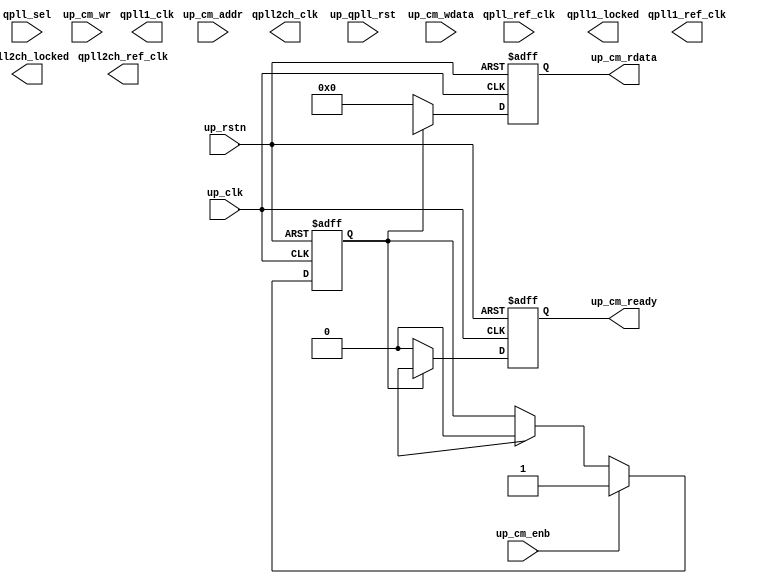
// ***************************************************************************
// ***************************************************************************
// Copyright 2014 - 2017 (c) Analog Devices, Inc. All rights reserved.
//
// In this HDL repository, there are many different and unique modules, consisting
// of various HDL (Verilog or VHDL) components. The individual modules are
// developed independently, and may be accompanied by separate and unique license
// terms.
//
// The user should read each of these license terms, and understand the
// freedoms and responsibilities that he or she has by using this source/core.
//
// This core is distributed in the hope that it will be useful, but WITHOUT ANY
// WARRANTY; without even the implied warranty of MERCHANTABILITY or FITNESS FOR
// A PARTICULAR PURPOSE.
//
// Redistribution and use of source or resulting binaries, with or without modification
// of this file, are permitted under one of the following two license terms:
//
//   1. The GNU General Public License version 2 as published by the
//      Free Software Foundation, which can be found in the top level directory
//      of this repository (LICENSE_GPL2), and also online at:
//      <https://www.gnu.org/licenses/old-licenses/gpl-2.0.html>
//
// OR
//
//   2. An ADI specific BSD license, which can be found in the top level directory
//      of this repository (LICENSE_ADIBSD), and also on-line at:
//      https://github.com/analogdevicesinc/hdl/blob/master/LICENSE_ADIBSD
//      This will allow to generate bit files and not release the source code,
//      as long as it attaches to an ADI device.
//
// ***************************************************************************
// ***************************************************************************

`timescale 1ns/1ps

module util_adxcvr_xcm #(

  // parameters

  parameter   integer XCVR_TYPE = 0,
  parameter   integer QPLL_REFCLK_DIV = 1,
  parameter   integer QPLL_FBDIV_RATIO = 1,
  parameter   [15:0]  POR_CFG = 16'b0000000000000110,
  parameter   [15:0]  PPF0_CFG = 16'b0000011000000000,
  parameter   [26:0]  QPLL_CFG = 27'h0680181,
  parameter   [ 9:0]  QPLL_FBDIV =  10'b0000110000,
  parameter   [15:0]  QPLL_CFG0 = 16'b0011001100011100,
  parameter   [15:0]  QPLL_CFG1 = 16'b1101000000111000,
  parameter   [15:0]  QPLL_CFG1_G3 = 16'b1101000000111000,
  parameter   [15:0]  QPLL_CFG2 = 16'b0000111111000000,
  parameter   [15:0]  QPLL_CFG2_G3 = 16'b0000111111000000,
  parameter   [15:0]  QPLL_CFG3 = 16'b0000000100100000,
  parameter   [15:0]  QPLL_CFG4 = 16'b0000000000000011,
  parameter   [15:0]  QPLL_CP_G3 = 10'b0000011111,
  parameter   [15:0]  QPLL_LPF = 10'b0100110111,
  parameter   [15:0]  QPLL_CP = 10'b0001111111

) (

  // reset and clocks

  input           qpll_ref_clk,
  input           qpll_sel,
  output          qpll2ch_clk,
  output          qpll2ch_ref_clk,
  output          qpll2ch_locked,

  output          qpll1_clk,
  output          qpll1_ref_clk,
  output          qpll1_locked,

  // drp interface

  input           up_rstn,
  input           up_clk,
  input           up_qpll_rst,
  input           up_cm_enb,
  input   [11:0]  up_cm_addr,
  input           up_cm_wr,
  input   [15:0]  up_cm_wdata,
  output  [15:0]  up_cm_rdata,
  output          up_cm_ready);

  localparam GTXE2_TRANSCEIVERS = 2;
  localparam GTHE3_TRANSCEIVERS = 5;
  localparam GTHE4_TRANSCEIVERS = 8;
  localparam GTYE4_TRANSCEIVERS = 9;

  // internal registers

  reg             up_enb_int = 'd0;
  reg     [11:0]  up_addr_int = 'd0;
  reg             up_wr_int = 'd0;
  reg     [15:0]  up_wdata_int = 'd0;
  reg     [15:0]  up_rdata_int = 'd0;
  reg             up_ready_int = 'd0;
  reg             up_sel_int = 'd0;

  // internal signals

  wire    [15:0]  up_rdata_s;
  wire            up_ready_s;

  // drp access

  assign up_cm_rdata = up_rdata_int;
  assign up_cm_ready = up_ready_int;

  always @(negedge up_rstn or posedge up_clk) begin
    if (up_rstn == 1'b0) begin
      up_enb_int <= 1'd0;
      up_addr_int <= 12'd0;
      up_wr_int <= 1'd0;
      up_wdata_int <= 16'd0;
      up_rdata_int <= 16'd0;
      up_ready_int <= 1'd0;
      up_sel_int <= 1'b0;
    end else begin
      if (up_cm_enb == 1'b1) begin
        up_enb_int <= up_cm_enb;
        up_addr_int <= up_cm_addr;
        up_wr_int <= up_cm_wr;
        up_wdata_int <= up_cm_wdata;
      end else begin
        up_enb_int <= 1'd0;
        up_addr_int <= 12'd0;
        up_wr_int <= 1'd0;
        up_wdata_int <= 16'd0;
      end

      if (up_cm_enb == 1'b1) begin
        up_sel_int <= 1'b1;
      end else if (up_ready_s == 1'b1) begin
        up_sel_int <= 1'b0;
      end

      if (up_sel_int == 1'b1) begin
        up_ready_int <= up_ready_s;
        up_rdata_int <= up_rdata_s;
      end else begin
        up_ready_int <= 1'b0;
        up_rdata_int <= 'h00;
      end
    end
  end

  // instantiations

  generate
  if (XCVR_TYPE == GTXE2_TRANSCEIVERS) begin
  assign qpll1_locked = 1'b0;
  assign qpll1_clk = 1'b0;
  assign qpll1_ref_clk = 1'b0;
  GTXE2_COMMON #(
    .BIAS_CFG (64'h0000040000001000),
    .COMMON_CFG (32'h00000000),
    .IS_DRPCLK_INVERTED (1'b0),
    .IS_GTGREFCLK_INVERTED (1'b0),
    .IS_QPLLLOCKDETCLK_INVERTED (1'b0),
    .QPLL_CFG (QPLL_CFG),
    .QPLL_CLKOUT_CFG (4'b0000),
    .QPLL_COARSE_FREQ_OVRD (6'b010000),
    .QPLL_COARSE_FREQ_OVRD_EN (1'b0),
    .QPLL_CP (10'b0000011111),
    .QPLL_CP_MONITOR_EN (1'b0),
    .QPLL_DMONITOR_SEL (1'b0),
    .QPLL_FBDIV (QPLL_FBDIV),
    .QPLL_FBDIV_MONITOR_EN (1'b0),
    .QPLL_FBDIV_RATIO (QPLL_FBDIV_RATIO),
    .QPLL_INIT_CFG (24'h000006),
    .QPLL_LOCK_CFG (16'h21E8),
    .QPLL_LPF (4'b1111),
    .QPLL_REFCLK_DIV (QPLL_REFCLK_DIV),
    .SIM_QPLLREFCLK_SEL (3'b001),
    .SIM_RESET_SPEEDUP ("TRUE"),
    .SIM_VERSION ("4.0"))
  i_gtxe2_common (
    .QPLLDMONITOR (),
    .QPLLFBCLKLOST (),
    .REFCLKOUTMONITOR (),
    .BGBYPASSB (1'h1),
    .BGMONITORENB (1'h1),
    .BGPDB (1'h1),
    .BGRCALOVRD (5'h1f),
    .DRPADDR (up_addr_int[7:0]),
    .DRPCLK (up_clk),
    .DRPDI (up_wdata_int),
    .DRPDO (up_rdata_s),
    .DRPEN (up_enb_int),
    .DRPRDY (up_ready_s),
    .DRPWE (up_wr_int),
    .GTGREFCLK (1'h0),
    .GTNORTHREFCLK0 (1'h0),
    .GTNORTHREFCLK1 (1'h0),
    .GTREFCLK0 (qpll_ref_clk),
    .GTREFCLK1 (1'h0),
    .GTSOUTHREFCLK0 (1'h0),
    .GTSOUTHREFCLK1 (1'h0),
    .PMARSVD (8'h0),
    .QPLLLOCK (qpll2ch_locked),
    .QPLLLOCKDETCLK (up_clk),
    .QPLLLOCKEN (1'h1),
    .QPLLOUTCLK (qpll2ch_clk),
    .QPLLOUTREFCLK (qpll2ch_ref_clk),
    .QPLLOUTRESET (1'h0),
    .QPLLPD (1'h0),
    .QPLLREFCLKLOST (),
    .QPLLREFCLKSEL (3'h1),
    .QPLLRESET (up_qpll_rst),
    .QPLLRSVD1 (16'h0),
    .QPLLRSVD2 (5'h1f),
    .RCALENB (1'h1));
  end
  endgenerate

  generate
  if (XCVR_TYPE == GTHE3_TRANSCEIVERS) begin
  GTHE3_COMMON #(
    .BIAS_CFG0 (16'h0000),
    .BIAS_CFG1 (16'h0000),
    .BIAS_CFG2 (16'h0000),
    .BIAS_CFG3 (16'h0040),
    .BIAS_CFG4 (16'h0000),
    .BIAS_CFG_RSVD (10'b0000000000),
    .COMMON_CFG0 (16'h0000),
    .COMMON_CFG1 (16'h0000),
    .POR_CFG (16'h0004),
    .QPLL0_CFG0 (16'h321c),
    .QPLL0_CFG1 (16'h1018),
    .QPLL0_CFG1_G3 (16'h1018),
    .QPLL0_CFG2 (16'h0048),
    .QPLL0_CFG2_G3 (16'h0048),
    .QPLL0_CFG3 (16'h0120),
    .QPLL0_CFG4 (16'h0000),
    .QPLL0_CP (10'b0000011111),
    .QPLL0_CP_G3 (10'b1111111111),
    .QPLL0_FBDIV (QPLL_FBDIV),
    .QPLL0_FBDIV_G3 (80),
    .QPLL0_INIT_CFG0 (16'h02b2),
    .QPLL0_INIT_CFG1 (8'h00),
    .QPLL0_LOCK_CFG (16'h21e8),
    .QPLL0_LOCK_CFG_G3 (16'h21e8),
    .QPLL0_LPF (10'b1111111111),
    .QPLL0_LPF_G3 (10'b0000010101),
    .QPLL0_REFCLK_DIV (QPLL_REFCLK_DIV),
    .QPLL0_SDM_CFG0 (16'b0000000000000000),
    .QPLL0_SDM_CFG1 (16'b0000000000000000),
    .QPLL0_SDM_CFG2 (16'b0000000000000000),
    .QPLL1_CFG0 (16'h321c),
    .QPLL1_CFG1 (16'h1018),
    .QPLL1_CFG1_G3 (16'h1018),
    .QPLL1_CFG2 (16'h0040),
    .QPLL1_CFG2_G3 (16'h0040),
    .QPLL1_CFG3 (16'h0120),
    .QPLL1_CFG4 (16'h0000),
    .QPLL1_CP (10'b0000011111),
    .QPLL1_CP_G3 (10'b1111111111),
    .QPLL1_FBDIV (QPLL_FBDIV),
    .QPLL1_FBDIV_G3 (80),
    .QPLL1_INIT_CFG0 (16'h02b2),
    .QPLL1_INIT_CFG1 (8'h00),
    .QPLL1_LOCK_CFG (16'h21e8),
    .QPLL1_LOCK_CFG_G3 (16'h21e8),
    .QPLL1_LPF (10'b1111111111),
    .QPLL1_LPF_G3 (10'b0000010101),
    .QPLL1_REFCLK_DIV (QPLL_REFCLK_DIV),
    .QPLL1_SDM_CFG0 (16'b0000000000000000),
    .QPLL1_SDM_CFG1 (16'b0000000000000000),
    .QPLL1_SDM_CFG2 (16'b0000000000000000),
    .RSVD_ATTR0 (16'h0000),
    .RSVD_ATTR1 (16'h0000),
    .RSVD_ATTR2 (16'h0000),
    .RSVD_ATTR3 (16'h0000),
    .RXRECCLKOUT0_SEL (2'b00),
    .RXRECCLKOUT1_SEL (2'b00),
    .SARC_EN (1'b1),
    .SARC_SEL (1'b0),
    .SDM0DATA1_0 (16'b0000000000000000),
    .SDM0DATA1_1 (9'b000000000),
    .SDM0INITSEED0_0 (16'b0000000000000000),
    .SDM0INITSEED0_1 (9'b000000000),
    .SDM0_DATA_PIN_SEL (1'b0),
    .SDM0_WIDTH_PIN_SEL (1'b0),
    .SDM1DATA1_0 (16'b0000000000000000),
    .SDM1DATA1_1 (9'b000000000),
    .SDM1INITSEED0_0 (16'b0000000000000000),
    .SDM1INITSEED0_1 (9'b000000000),
    .SDM1_DATA_PIN_SEL (1'b0),
    .SDM1_WIDTH_PIN_SEL (1'b0),
    .SIM_MODE ("FAST"),
    .SIM_RESET_SPEEDUP ("TRUE"),
    .SIM_VERSION (2))
  i_gthe3_common (
    .BGBYPASSB (1'h1),
    .BGMONITORENB (1'h1),
    .BGPDB (1'h1),
    .BGRCALOVRD (5'h1f),
    .BGRCALOVRDENB (1'h1),
    .DRPADDR (up_addr_int[8:0]),
    .DRPCLK (up_clk),
    .DRPDI (up_wdata_int),
    .DRPDO (up_rdata_s),
    .DRPEN (up_enb_int),
    .DRPRDY (up_ready_s),
    .DRPWE (up_wr_int),
    .GTGREFCLK0 (1'h0),
    .GTGREFCLK1 (1'h0),
    .GTNORTHREFCLK00 (1'h0),
    .GTNORTHREFCLK01 (1'h0),
    .GTNORTHREFCLK10 (1'h0),
    .GTNORTHREFCLK11 (1'h0),
    .GTREFCLK00 (qpll_ref_clk),
    .GTREFCLK01 (1'h0),
    .GTREFCLK10 (1'h0),
    .GTREFCLK11 (1'h0),
    .GTSOUTHREFCLK00 (1'h0),
    .GTSOUTHREFCLK01 (1'h0),
    .GTSOUTHREFCLK10 (1'h0),
    .GTSOUTHREFCLK11 (1'h0),
    .PMARSVD0 (8'h0),
    .PMARSVD1 (8'h0),
    .PMARSVDOUT0 (),
    .PMARSVDOUT1 (),
    .QPLL0CLKRSVD0 (1'h0),
    .QPLL0CLKRSVD1 (1'h0),
    .QPLL0FBCLKLOST (),
    .QPLL0LOCK (qpll2ch_locked),
    .QPLL0LOCKDETCLK (up_clk),
    .QPLL0LOCKEN (1'h1),
    .QPLL0OUTCLK (qpll2ch_clk),
    .QPLL0OUTREFCLK (qpll2ch_ref_clk),
    .QPLL0PD (1'h0),
    .QPLL0REFCLKLOST (),
    .QPLL0REFCLKSEL (3'h1),
    .QPLL0RESET (up_qpll_rst),
    .QPLL1CLKRSVD0 (1'h0),
    .QPLL1CLKRSVD1 (1'h0),
    .QPLL1FBCLKLOST (),
    .QPLL1LOCK (qpll1_locked),
    .QPLL1LOCKDETCLK (up_clk),
    .QPLL1LOCKEN (1'h1),
    .QPLL1OUTCLK (qpll1_clk),
    .QPLL1OUTREFCLK (qpll1_ref_clk),
    .QPLL1PD (~qpll_sel),
    .QPLL1REFCLKLOST (),
    .QPLL1REFCLKSEL (3'h1),
    .QPLL1RESET (up_qpll_rst),
    .QPLLDMONITOR0 (),
    .QPLLDMONITOR1 (),
    .QPLLRSVD1 (8'h0),
    .QPLLRSVD2 (5'h0),
    .QPLLRSVD3 (5'h0),
    .QPLLRSVD4 (8'h0),
    .RCALENB (1'h1),
    .REFCLKOUTMONITOR0 (),
    .REFCLKOUTMONITOR1 (),
    .RXRECCLK0_SEL (),
    .RXRECCLK1_SEL ());
  end
  endgenerate

  generate
  if (XCVR_TYPE == GTHE4_TRANSCEIVERS) begin
  GTHE4_COMMON #(
    .AEN_QPLL0_FBDIV (1'b1),
    .AEN_QPLL1_FBDIV (1'b1),
    .AEN_SDM0TOGGLE (1'b0),
    .AEN_SDM1TOGGLE (1'b0),
    .A_SDM0TOGGLE (1'b0),
    .A_SDM1DATA_HIGH (9'b000000000),
    .A_SDM1DATA_LOW (16'b0000000000000000),
    .A_SDM1TOGGLE (1'b0),
    .BIAS_CFG0 (16'b0000000000000000),
    .BIAS_CFG1 (16'b0000000000000000),
    .BIAS_CFG2 (16'b0000000100100100),
    .BIAS_CFG3 (16'b0000000001000001),
    .BIAS_CFG4 (16'b0000000000010000),
    .BIAS_CFG_RSVD (16'b0000000000000000),
    .COMMON_CFG0 (16'b0000000000000000),
    .COMMON_CFG1 (16'b0000000000000000),
    .POR_CFG (POR_CFG),
    .PPF0_CFG (PPF0_CFG),
    .PPF1_CFG (16'b0000011000000000),
    .QPLL0CLKOUT_RATE ("HALF"),
    .QPLL0_CFG0 (QPLL_CFG0),
    .QPLL0_CFG1 (QPLL_CFG1),
    .QPLL0_CFG1_G3 (QPLL_CFG1_G3),
    .QPLL0_CFG2 (QPLL_CFG2),
    .QPLL0_CFG2_G3 (QPLL_CFG2_G3),
    .QPLL0_CFG3 (QPLL_CFG3),
    .QPLL0_CFG4 (QPLL_CFG4),
    .QPLL0_CP (QPLL_CP),
    .QPLL0_CP_G3 (QPLL_CP_G3),
    .QPLL0_FBDIV (QPLL_FBDIV),
    .QPLL0_FBDIV_G3 (160),
    .QPLL0_INIT_CFG0 (16'b0000001010110010),
    .QPLL0_INIT_CFG1 (8'b00000000),
    .QPLL0_LOCK_CFG (16'b0010010111101000),
    .QPLL0_LOCK_CFG_G3 (16'b0010010111101000),
    .QPLL0_LPF (QPLL_LPF),
    .QPLL0_LPF_G3 (10'b0111010101),
    .QPLL0_PCI_EN (1'b0),
    .QPLL0_RATE_SW_USE_DRP (1'b1),
    .QPLL0_REFCLK_DIV (QPLL_REFCLK_DIV),
    .QPLL0_SDM_CFG0 (16'b0000000010000000),
    .QPLL0_SDM_CFG1 (16'b0000000000000000),
    .QPLL0_SDM_CFG2 (16'b0000000000000000),
    .QPLL1CLKOUT_RATE ("HALF"),
    .QPLL1_CFG0 (QPLL_CFG0),
    .QPLL1_CFG1 (QPLL_CFG1),
    .QPLL1_CFG1_G3 (QPLL_CFG1_G3),
    .QPLL1_CFG2 (QPLL_CFG2),
    .QPLL1_CFG2_G3 (QPLL_CFG2_G3),
    .QPLL1_CFG3 (QPLL_CFG3),
    .QPLL1_CFG4 (QPLL_CFG4),
    .QPLL1_CP (10'b1111111111),
    .QPLL1_CP_G3 (10'b0011111111),
    .QPLL1_FBDIV (QPLL_FBDIV),
    .QPLL1_FBDIV_G3 (80),
    .QPLL1_INIT_CFG0 (16'b0000001010110010),
    .QPLL1_INIT_CFG1 (8'b00000000),
    .QPLL1_LOCK_CFG (16'b0010010111101000),
    .QPLL1_LOCK_CFG_G3 (16'b0010010111101000),
    .QPLL1_LPF (10'b0100110101),
    .QPLL1_LPF_G3 (10'b0111010100),
    .QPLL1_PCI_EN (1'b0),
    .QPLL1_RATE_SW_USE_DRP (1'b1),
    .QPLL1_REFCLK_DIV (QPLL_REFCLK_DIV),
    .QPLL1_SDM_CFG0 (16'b0000000010000000),
    .QPLL1_SDM_CFG1 (16'b0000000000000000),
    .QPLL1_SDM_CFG2 (16'b0000000000000000),
    .RSVD_ATTR0 (16'b0000000000000000),
    .RSVD_ATTR1 (16'b0000000000000000),
    .RSVD_ATTR2 (16'b0000000000000000),
    .RSVD_ATTR3 (16'b0000000000000000),
    .RXRECCLKOUT0_SEL (2'b00),
    .RXRECCLKOUT1_SEL (2'b00),
    .SARC_ENB (1'b0),
    .SARC_SEL (1'b0),
    .SDM0INITSEED0_0 (16'b0000000100010001),
    .SDM0INITSEED0_1 (9'b000010001),
    .SDM1INITSEED0_0 (16'b0000000100010001),
    .SDM1INITSEED0_1 (9'b000010001),
    .SIM_MODE ("FAST"),
    .SIM_RESET_SPEEDUP ("TRUE"))
  i_gthe4_common (
    .BGBYPASSB (1'd1),
    .BGMONITORENB (1'd1),
    .BGPDB (1'd1),
    .BGRCALOVRD (5'b11111),
    .BGRCALOVRDENB (1'd1),
    .DRPADDR ({4'd0, up_addr_int}),
    .DRPCLK (up_clk),
    .DRPDI (up_wdata_int),
    .DRPDO (up_rdata_s),
    .DRPEN (up_enb_int),
    .DRPRDY (up_ready_s),
    .DRPWE (up_wr_int),
    .GTGREFCLK0 (1'd0),
    .GTGREFCLK1 (1'd0),
    .GTNORTHREFCLK00 (1'd0),
    .GTNORTHREFCLK01 (1'd0),
    .GTNORTHREFCLK10 (1'd0),
    .GTNORTHREFCLK11 (1'd0),
    .GTREFCLK00 (qpll_ref_clk),
    .GTREFCLK01 (qpll_ref_clk),
    .GTREFCLK10 (1'd0),
    .GTREFCLK11 (1'd0),
    .GTSOUTHREFCLK00 (1'd0),
    .GTSOUTHREFCLK01 (1'd0),
    .GTSOUTHREFCLK10 (1'd0),
    .GTSOUTHREFCLK11 (1'd0),
    .PCIERATEQPLL0 (3'd0),
    .PCIERATEQPLL1 (3'd0),
    .PMARSVD0 (8'd0),
    .PMARSVD1 (8'd0),
    .PMARSVDOUT0 (),
    .PMARSVDOUT1 (),
    .QPLL0CLKRSVD0 (1'd0),
    .QPLL0CLKRSVD1 (1'd0),
    .QPLL0FBCLKLOST (),
    .QPLL0FBDIV (8'd0),
    .QPLL0LOCK (qpll2ch_locked),
    .QPLL0LOCKDETCLK (up_clk),
    .QPLL0LOCKEN (1'd1),
    .QPLL0OUTCLK (qpll2ch_clk),
    .QPLL0OUTREFCLK (qpll2ch_ref_clk),
    .QPLL0PD (qpll_sel),
    .QPLL0REFCLKLOST (),
    .QPLL0REFCLKSEL (3'b001),
    .QPLL0RESET (up_qpll_rst),
    .QPLL1CLKRSVD0 (1'd0),
    .QPLL1CLKRSVD1 (1'd0),
    .QPLL1FBCLKLOST (),
    .QPLL1FBDIV (8'd0),
    .QPLL1LOCK (qpll1_locked),
    .QPLL1LOCKDETCLK (up_clk),
    .QPLL1LOCKEN (1'd1),
    .QPLL1OUTCLK (qpll1_clk),
    .QPLL1OUTREFCLK (qpll1_ref_clk),
    .QPLL1PD (~qpll_sel),
    .QPLL1REFCLKLOST (),
    .QPLL1REFCLKSEL (3'b001),
    .QPLL1RESET (up_qpll_rst),
    .QPLLDMONITOR0 (),
    .QPLLDMONITOR1 (),
    .QPLLRSVD1 (8'd0),
    .QPLLRSVD2 (5'd0),
    .QPLLRSVD3 (5'd0),
    .QPLLRSVD4 (8'd0),
    .RCALENB (1'd1),
    .REFCLKOUTMONITOR0 (),
    .REFCLKOUTMONITOR1 (),
    .RXRECCLK0SEL (),
    .RXRECCLK1SEL (),
    .SDM0DATA (25'd0),
    .SDM0FINALOUT (),
    .SDM0RESET (1'd0),
    .SDM0TESTDATA (),
    .SDM0TOGGLE (1'd0),
    .SDM0WIDTH (2'd0),
    .SDM1DATA (25'd0),
    .SDM1FINALOUT (),
    .SDM1RESET (1'd0),
    .SDM1TESTDATA (),
    .SDM1TOGGLE (1'd0),
    .SDM1WIDTH (2'd0),
    .TCONGPI (10'd0),
    .TCONGPO (),
    .TCONPOWERUP (1'd0),
    .TCONRESET (2'd0),
    .TCONRSVDIN1 (2'd0),
    .TCONRSVDOUT0 ());
  end
  endgenerate

  generate
  if (XCVR_TYPE == GTYE4_TRANSCEIVERS) begin
    GTYE4_COMMON #(
      .AEN_QPLL0_FBDIV (1'b1),
      .AEN_QPLL1_FBDIV (1'b1),
      .AEN_SDM0TOGGLE (1'b0),
      .AEN_SDM1TOGGLE (1'b0),
      .A_SDM0TOGGLE (1'b0),
      .A_SDM1DATA_HIGH (9'b000000000),
      .A_SDM1DATA_LOW (16'b0000000000000000),
      .A_SDM1TOGGLE (1'b0),
      .BIAS_CFG0 (16'b0000000000000000),
      .BIAS_CFG1 (16'b0000000000000000),
      .BIAS_CFG2 (16'b0000000100100100),
      .BIAS_CFG3 (16'b0000000001000001),
      .BIAS_CFG4 (16'b0000000000010000),
      .BIAS_CFG_RSVD (16'b0000000000000000),
      .COMMON_CFG0 (16'b0000000000000000),
      .COMMON_CFG1 (16'b0000000000000000),
      .POR_CFG (16'b0000000000000000),
      .PPF0_CFG (PPF0_CFG),
      .PPF1_CFG (16'b0000011000000000),
      .QPLL0CLKOUT_RATE ("HALF"),
      .QPLL0_CFG0 (QPLL_CFG0),
      .QPLL0_CFG1 (QPLL_CFG1),
      .QPLL0_CFG1_G3 (QPLL_CFG1_G3),
      .QPLL0_CFG2 (QPLL_CFG2),
      .QPLL0_CFG2_G3 (QPLL_CFG2_G3),
      .QPLL0_CFG3 (QPLL_CFG3),
      .QPLL0_CFG4 (QPLL_CFG4),
      .QPLL0_CP (10'b0011111111),
      .QPLL0_CP_G3 (10'b0000001111),
      .QPLL0_FBDIV (QPLL_FBDIV),
      .QPLL0_FBDIV_G3 (160),
      .QPLL0_INIT_CFG0 (16'b0000001010110010),
      .QPLL0_INIT_CFG1 (8'b00000000),
      .QPLL0_LOCK_CFG (16'b0010010111101000),
      .QPLL0_LOCK_CFG_G3 (16'b0010010111101000),
      .QPLL0_LPF (QPLL_LPF),
      .QPLL0_LPF_G3 (10'b0111010101),
      .QPLL0_PCI_EN (1'b0),
      .QPLL0_RATE_SW_USE_DRP (1'b1),
      .QPLL0_REFCLK_DIV (QPLL_REFCLK_DIV),
      .QPLL0_SDM_CFG0 (16'b0000000010000000),
      .QPLL0_SDM_CFG1 (16'b0000000000000000),
      .QPLL0_SDM_CFG2 (16'b0000000000000000),
      .QPLL1CLKOUT_RATE ("HALF"),
      .QPLL1_CFG0 (QPLL_CFG0),
      .QPLL1_CFG1 (QPLL_CFG1),
      .QPLL1_CFG1_G3 (QPLL_CFG1_G3),
      .QPLL1_CFG2 (QPLL_CFG2),
      .QPLL1_CFG2_G3 (QPLL_CFG2_G3),
      .QPLL1_CFG3 (QPLL_CFG3),
      .QPLL1_CFG4 (QPLL_CFG4),
      .QPLL1_CP (10'b0011111111),
      .QPLL1_CP_G3 (10'b0001111111),
      .QPLL1_FBDIV (QPLL_FBDIV),
      .QPLL1_FBDIV_G3 (80),
      .QPLL1_INIT_CFG0 (16'b0000001010110010),
      .QPLL1_INIT_CFG1 (8'b00000000),
      .QPLL1_LOCK_CFG (16'b0010010111101000),
      .QPLL1_LOCK_CFG_G3 (16'b0010010111101000),
      .QPLL1_LPF (10'b1000011111),
      .QPLL1_LPF_G3 (10'b0111010100),
      .QPLL1_PCI_EN (1'b0),
      .QPLL1_RATE_SW_USE_DRP (1'b1),
      .QPLL1_REFCLK_DIV (QPLL_REFCLK_DIV),
      .QPLL1_SDM_CFG0 (16'b0000000010000000),
      .QPLL1_SDM_CFG1 (16'b0000000000000000),
      .QPLL1_SDM_CFG2 (16'b0000000000000000),
      .RSVD_ATTR0 (16'b0000000000000000),
      .RSVD_ATTR1 (16'b0000000000000000),
      .RSVD_ATTR2 (16'b0000000000000000),
      .RSVD_ATTR3 (16'b0000000000000000),
      .RXRECCLKOUT0_SEL (2'b00),
      .RXRECCLKOUT1_SEL (2'b00),
      .SARC_ENB (1'b0),
      .SARC_SEL (1'b0),
      .SDM0INITSEED0_0 (16'b0000000100010001),
      .SDM0INITSEED0_1 (9'b000010001),
      .SDM1INITSEED0_0 (16'b0000000100010001),
      .SDM1INITSEED0_1 (9'b000010001),
      .SIM_MODE ("FAST"),
      .SIM_RESET_SPEEDUP ("TRUE"),
      .SIM_DEVICE ("ULTRASCALE_PLUS"),
      .UB_CFG0 (16'b0000000000000000),
      .UB_CFG1 (16'b0000000000000000),
      .UB_CFG2 (16'b0000000000000000),
      .UB_CFG3 (16'b0000000000000000),
      .UB_CFG4 (16'b0000000000000000),
      .UB_CFG5 (16'b0000010000000000),
      .UB_CFG6 (16'b0000000000000000))
    i_gtye4_common (
      .BGBYPASSB (1'b1),
      .BGMONITORENB (1'b1),
      .BGPDB (1'b1),
      .BGRCALOVRD (5'b11111),
      .BGRCALOVRDENB (1'b1),
      .DRPADDR ({4'd0, up_addr_int}),
      .DRPCLK (up_clk),
      .DRPDI (up_wdata_int),
      .DRPEN (up_enb_int),
      .DRPWE (up_wr_int),
      .GTGREFCLK0 (1'b0),
      .GTGREFCLK1 (1'b0),
      .GTNORTHREFCLK00 (1'b0),
      .GTNORTHREFCLK01 (1'b0),
      .GTNORTHREFCLK10 (1'b0),
      .GTNORTHREFCLK11 (1'b0),
      .GTREFCLK00 (qpll_ref_clk),
      .GTREFCLK01 (qpll_ref_clk),
      .GTREFCLK10 (1'b0),
      .GTREFCLK11 (1'b0),
      .GTSOUTHREFCLK00 (1'b0),
      .GTSOUTHREFCLK01 (1'b0),
      .GTSOUTHREFCLK10 (1'b0),
      .GTSOUTHREFCLK11 (1'b0),
      .PCIERATEQPLL0 (3'b0),
      .PCIERATEQPLL1 (3'b0),
      .PMARSVD0 (8'b0),
      .PMARSVD1 (8'b0),
      .QPLL0CLKRSVD0 (1'b0),
      .QPLL0CLKRSVD1 (1'b0),
      .QPLL0FBDIV (8'b0),
      .QPLL0LOCKDETCLK (up_clk),
      .QPLL0LOCKEN (1'b1),
      .QPLL0PD (qpll_sel),
      .QPLL0REFCLKSEL (3'b1),
      .QPLL0RESET (up_qpll_rst),
      .QPLL1CLKRSVD0 (1'b0),
      .QPLL1CLKRSVD1 (1'b0),
      .QPLL1FBDIV (8'b0),
      .QPLL1LOCKDETCLK (up_clk),
      .QPLL1LOCKEN (1'b1),
      .QPLL1PD (~qpll_sel),
      .QPLL1REFCLKSEL (3'b1),
      .QPLL1RESET (up_qpll_rst),
      .QPLLRSVD1 (8'b0),
      .QPLLRSVD2 (5'b0),
      .QPLLRSVD3 (5'b0),
      .QPLLRSVD4 (8'b0),
      .RCALENB (1'b1),
      .SDM0DATA (25'b0),
      .SDM0RESET (1'b0),
      .SDM0TOGGLE (1'b0),
      .SDM0WIDTH (2'b0),
      .SDM1DATA (25'b0),
      .SDM1RESET (1'b0),
      .SDM1TOGGLE (1'b0),
      .SDM1WIDTH (2'b0),
      .UBCFGSTREAMEN (1'b0),
      .UBDO (16'b0),
      .UBDRDY (1'b0),
      .UBENABLE (1'b0),
      .UBGPI (2'b0),
      .UBINTR (2'b0),
      .UBIOLMBRST (1'b0),
      .UBMBRST (1'b0),
      .UBMDMCAPTURE (1'b0),
      .UBMDMDBGRST (1'b0),
      .UBMDMDBGUPDATE (1'b0),
      .UBMDMREGEN (4'b0),
      .UBMDMSHIFT (1'b0),
      .UBMDMSYSRST (1'b0),
      .UBMDMTCK (1'b0),
      .UBMDMTDI (1'b0),
      .DRPDO ( up_rdata_s),
      .DRPRDY ( up_ready_s),
      .PMARSVDOUT0 (),
      .PMARSVDOUT1 (),
      .QPLL0FBCLKLOST (),
      .QPLL0LOCK ( qpll2ch_locked),
      .QPLL0OUTCLK ( qpll2ch_clk),
      .QPLL0OUTREFCLK ( qpll2ch_ref_clk),
      .QPLL0REFCLKLOST (),
      .QPLL1FBCLKLOST (),
      .QPLL1LOCK ( qpll1_locked),
      .QPLL1OUTCLK ( qpll1_clk),
      .QPLL1OUTREFCLK ( qpll1_ref_clk),
      .QPLL1REFCLKLOST (),
      .QPLLDMONITOR0 (),
      .QPLLDMONITOR1 (),
      .REFCLKOUTMONITOR0 (),
      .REFCLKOUTMONITOR1 (),
      .RXRECCLK0SEL (),
      .RXRECCLK1SEL (),
      .SDM0FINALOUT (),
      .SDM0TESTDATA (),
      .SDM1FINALOUT (),
      .SDM1TESTDATA (),
      .UBDADDR (),
      .UBDEN (),
      .UBDI (),
      .UBDWE (),
      .UBMDMTDO (),
      .UBRSVDOUT (),
      .UBTXUART ());
  end
  endgenerate

endmodule

// ***************************************************************************
// ***************************************************************************